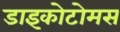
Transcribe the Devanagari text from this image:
डाइकोटोमस